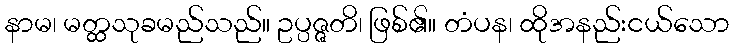
နာမ၊ မတ္ထသုခမည်သည်။ ဥပ္ပဇ္ဇတိ၊ ဖြစ်၏။ တံပန၊ ထိုအနည်းငယ်သော